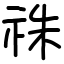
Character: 祩